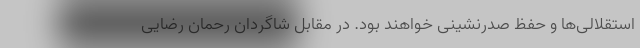
استقلالی‌ها و حفظ صدرنشینی خواهند بود. در مقابل شاگردان رحمان رضایی